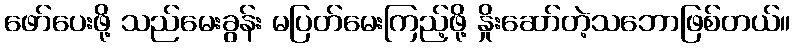
ဖော်ပေးဖို့ သည်မေးခွန်း မပြတ်မေးကြည့်ဖို့ နှိုးဆော်တဲ့သဘောဖြစ်တယ်။